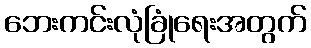
ဘေးကင်းလုံခြုံရေးအတွက်